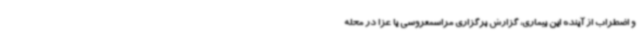
و اضطراب از آینده این بیماری، گزارش برگزاری مراسمعروسی یا عزا در محله